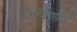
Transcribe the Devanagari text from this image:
परिवर्णीय